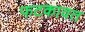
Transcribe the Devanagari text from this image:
फटकावत